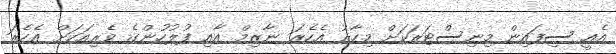
އެއީ ސިފައިން މިނިސްޓަރަކަށް މިހާރު އެހެރަ ނާޒިމް އާއި ފުލުހުންގެ ވެރިއަކަށް އެހެރަ